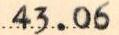
43.06